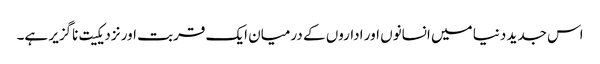
اس جدید دنیا میں انسانوں اور اداروں کے درمیان ایک قربت اور نزدیکیت ناگزیر ہے۔